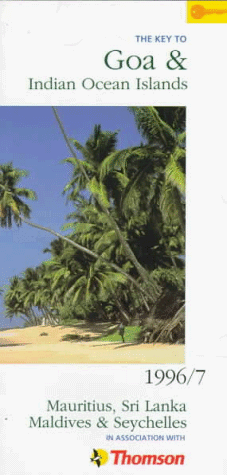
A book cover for The Key to Goa and Indian Ocean Islands 1996/7 (The Key to Series); Reg Butler; Travel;